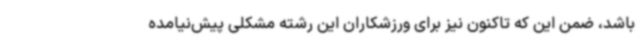
باشد، ضمن این که تاکنون نیز برای ورزشکاران این رشته مشکلی پیش‌نیامده